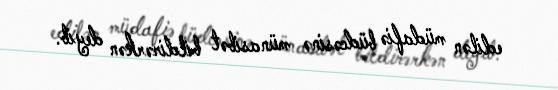
edilən müdafiə büdcəsinə münasibət bildirərkən deyib.